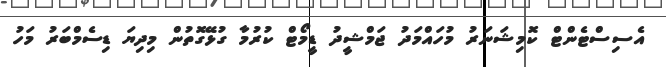
އެސިސްޓެންޓް ކޮމިޝަނަރު މުހައްމަދު ޖަމްޝީދު ޑީމޯޓް ކުރުމާ ގުޅޭގޮތުން މިދިޔަ ޑިސެމްބަރު މަހު